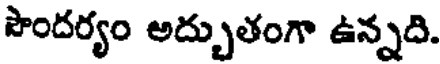
సౌందర్యం అద్బుతంగా ఉన్నది.